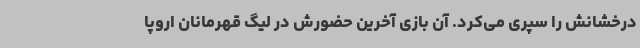
درخشانش را سپری می‌کرد. آن بازی آخرین حضورش در لیگ قهرمانان اروپا